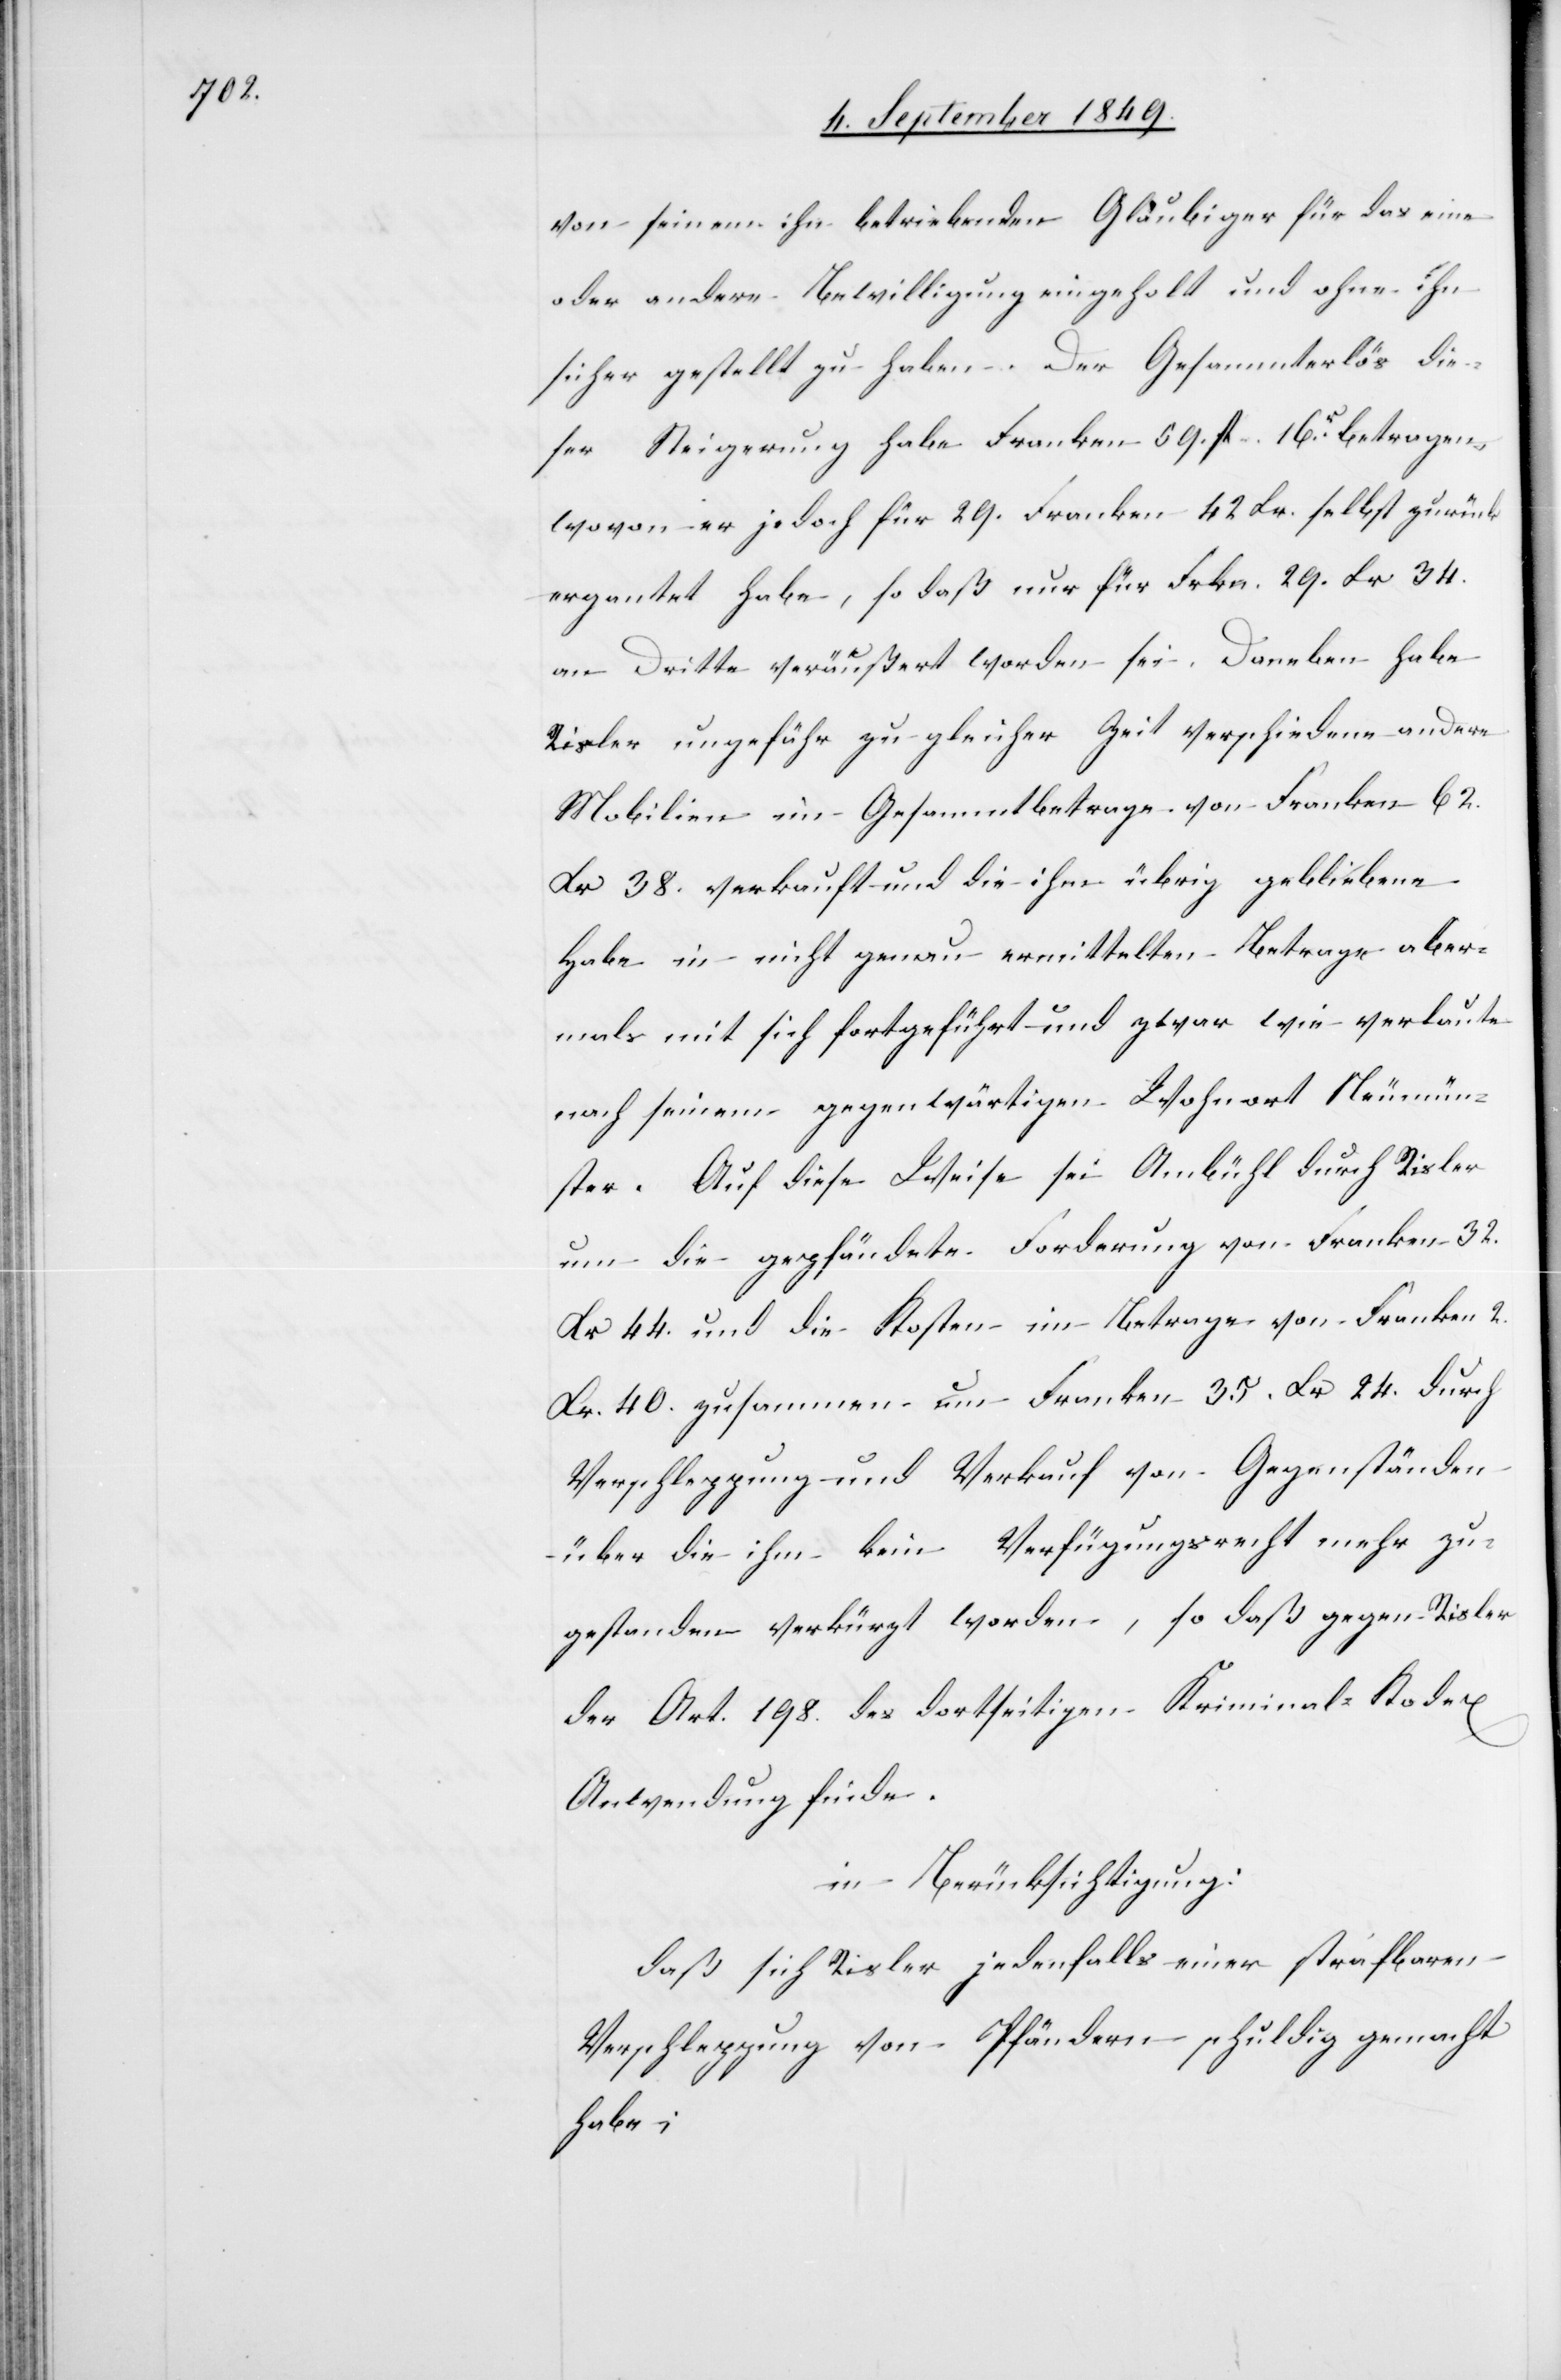
von seinem ihn betreibenden Gläubiger für das eine
oder andere Bewilligung eingeholt und ohne ihn
sicher gestellt zu haben. Der Gesammterlös die¬
ser Steigerung habe Franken 59. fl. 16r betragen,
wovon er jedoch für 29. Franken 42 Xr. selbst zurück¬
ergantet habe, so daß nur für Frkn. 29. Xr. 34.
an Dritte veräußert worden sei. Daneben habe
Risler ungefähr zu gleicher Zeit verschiedene andere
Mobilien im Gesammt betrage von Franken 62.
Xr. 38. verkauft und die ihm übrig gebliebenen
habe in nicht genau ermittelten Betrage aber¬
mals mit sich fortgeführt und zwar wie verlaute
nach seinem gegenwärtigen Wohnort Neumün¬
ster. Auf diese Weise sei Ambühl durch Risler
um die gepfändete Forderung von Franken 32.
Xr. 44. und die Kosten im Betrage von Franken 2.
Xr. 40. zusammen um Franken 35. Xr. 24. durch
Verpflegung und Verkauf von Gegenständen
über die ihm kein Verfügungsrecht mehr zu¬
gestanden verkürzt worden, so daß gegen Risler
der Art 198. des dortseitigen Kriminal-Kodex
Anwendung finde.
in Berücksichtigung:
daß sich Risler jedenfalls einer strafbaren
Verpflegung von Pfändern schuldig gemacht
habe;